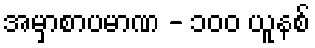
အမှာစာပမာဏ - ၁၀၀ ယူနစ်